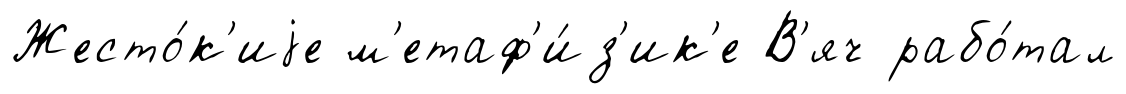
Жесто́к'иjе м'етаф'и́з'ик'е В'яч рабо́тал